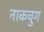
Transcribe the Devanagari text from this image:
नाकचुग